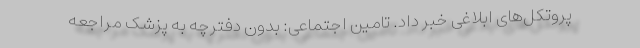
پروتکل‌های ابلاغی خبر داد. تامین اجتماعی: بدون دفترچه به پزشک مراجعه